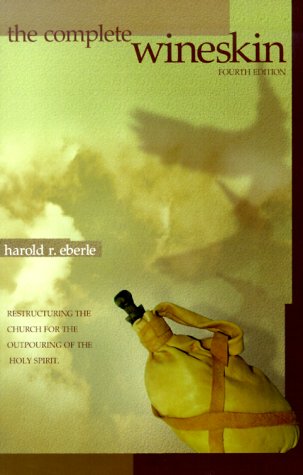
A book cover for The Complete Wineskin: Restructuring the Church for the Outpouring of the Holy Spirit; Harold R. Eberle; Christian Books & Bibles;